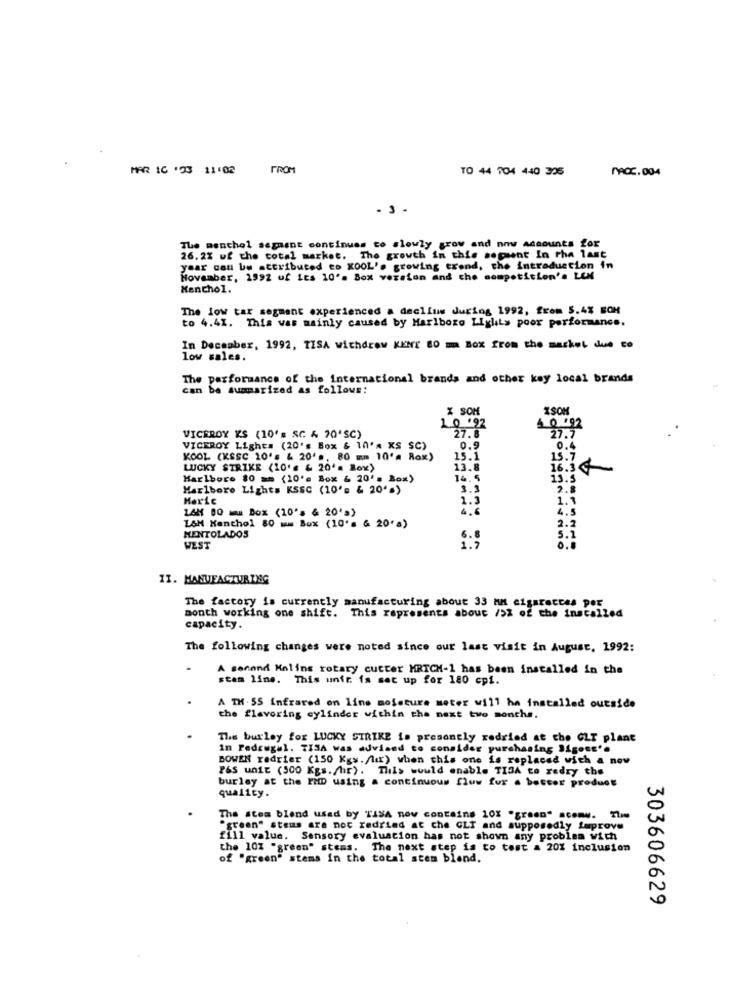
MAR 1C '33 11:02
FROM
TO 44 704 440 305
MACC. 004
- 3 -
The menthol segment continues to slowly grow and now accounts for
26.2% uf the total market. The growth in this sepsent In the last
year can be attributed to KOOL's growing trend, the intraduction in
November, 1992 of its 10's Box version and the competition's LEN
Menthol.
The low tar segment experienced a declius during 1992, from 5.4% BOH
to 4.41. This was mainly caused by Marlboro LigliLy poor performance.
In December, 1992, TISA withdrew KENT 80 m BOX from the market due to
low sales.
The performance of the international brands and other kay local brands
can be summarized as follows:
% SOM
XSOM
10 .92
0 .92
27.5
VICEROY KS (10's SC & 20'SC)
27.8
VICEROY Lights (20's Box & 10'A KS SC)
0.9
0.4
KOOL (KSSC 10' & 20' ., 80 mm 10'= Rox)
15.1
15.7
LUCKY STRIKE (10' & 20's Box)
13.8
16.3
Marlboro 80 == (10's Box & 20'= Box)
14.5
13.5
Marlboro Lights KSSC (10's & 20'%)
3.3
2.8
1.1
14H 00 m Box (10"> & 20'>)
4.5
LAM Menthol 80 mm Box (10's & 20's)
2.2
MENTOLADOS
5.1
WEST
0.0
13. MANUFACTURING
The factory is currently manufacturing about 33 MM cigaracces per
month working one shift. This represents about />Z of the installed
capacity.
The following changes were noted since our last visit in August. 1992:
A second Malins rotary cutter HRTCH-1 has been installed in the
stam line. This unir. is set up for 180 cpi.
A TH . 55 Infrared on line moisture meter will ha installed outside
the flavoring cylinder within the next two months.
The burley for LUCKY STRIKE is presently redried at che GLI plant
in Pedregal. TISA was advised to consider purchasing Iigott'.
BOWEN redrier (150 Kgs. lar) when this one is replaced with a now
P&S unit (500 Kgs. hr). This would enable TISA to redry the
burley at the PHD using a continuous flow for a better product
quality.
The stea blend used by TISA nov contains 10% "green" scomw. The
"green" stems are not redried at che GLI and supposedly Improve
fill value. Sensory evaluation has not shown any problem with
the 10% "green" stems. The next step is to test a 20% inclusion
of "green" stems in the total stem blend,
303606629